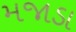
મજાડા